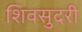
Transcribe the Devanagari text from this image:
शिवसुदरी